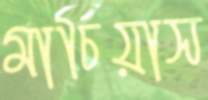
মার্চিয়াস